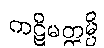
ကဋိမတ္တမ္ပိ